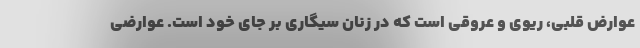
عوارض قلبی، ریوی و عروقی است که در زنان سیگاری بر جای خود است. عوارضی